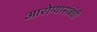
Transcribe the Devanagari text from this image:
आरोग्यासंबंधी